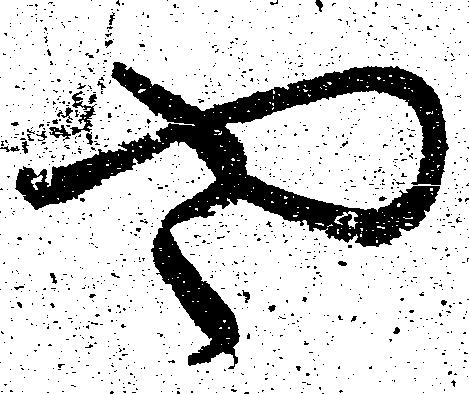
や